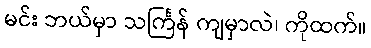
မင်း ဘယ်မှာ သင်္ကြန် ကျမှာလဲ၊ ကိုထက်။